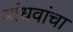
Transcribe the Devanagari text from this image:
बांधवांचा